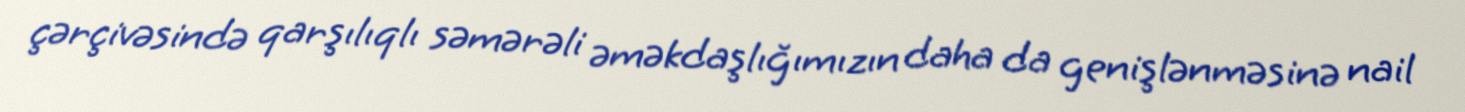
çərçivəsində qarşılıqlı səmərəli əməkdaşlığımızın daha da genişlənməsinə nail